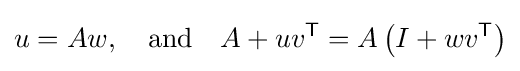
u=Aw,\quad {\text{and}}\quad A+uv^{\textsf {T}}=A\left(I+wv^{\textsf {T}}\right)